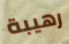
رهيبة